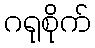
ဂရုစိုက်